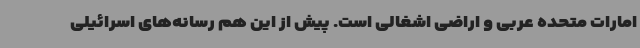
امارات متحده عربی و اراضی اشغالی است. پیش از این هم رسانه‌های اسرائیلی